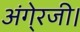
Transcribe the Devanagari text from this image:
अंगे्रजी।